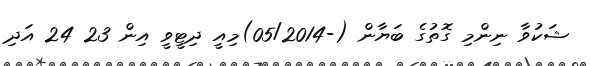
ޝަކުވާ ނިންމި ގޮތުގެ ބަޔާން (-05/2014)މިއީ ދިޓީވީ އިން 23 24 އަދި